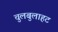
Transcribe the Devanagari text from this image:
चुलबुलाहट